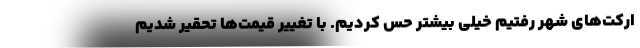
ارکت‌های شهر رفتیم خیلی بیشتر حس کردیم. با تغییر قیمت‌ها تحقیر شدیم